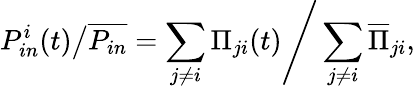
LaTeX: \left.P_{in}^{i}(t)\right/\overline{{P_{in}}}=\left.\sum_{j\neq i}\Pi_{ji}(t)\right/\sum_{j\neq i}\overline{{\Pi}}_{ji},